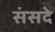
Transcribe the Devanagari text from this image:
संसदे